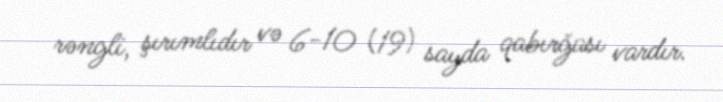
rəngli, şırımlıdır və 6-10 (19) sayda qabırğası vardır.